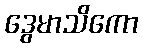
ဒွေမာသိကော